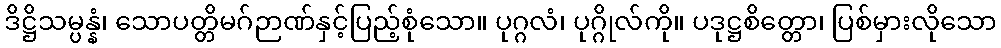
ဒိဋ္ဌိသမ္ပန္နံ၊ သောပတ္တိမဂ်ဉာဏ်နှင့်ပြည့်စုံသော။ ပုဂ္ဂလံ၊ ပုဂ္ဂိုလ်ကို။ ပဒုဋ္ဌစိတ္တော၊ ပြစ်မှားလိုသော